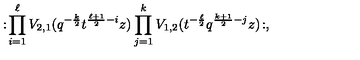
: \! \prod _ { i = 1 } ^ { \ell } V _ { 2 , 1 } ( q ^ { - \frac { k } { 2 } } t ^ { \frac { \ell + 1 } { 2 } - i } z ) \prod _ { j = 1 } ^ { k } V _ { 1 , 2 } ( t ^ { - \frac { \ell } { 2 } } q ^ { \frac { k + 1 } { 2 } - j } z ) \! : ,